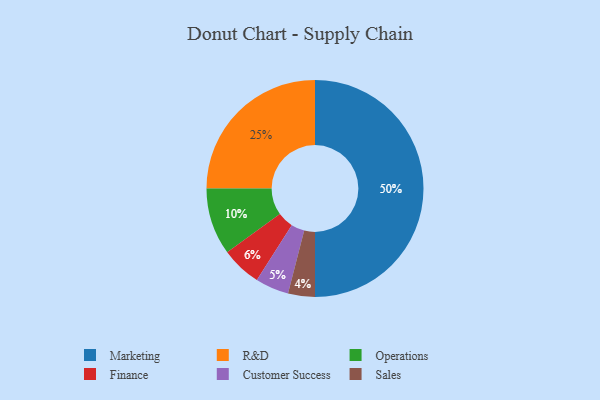
{"axis": {"x": "Category", "y": "Percentage"}, "legend": ["Customer Success", "Finance", "Marketing", "Operations", "R&D", "Sales"], "data": [{"x": "Customer Success", "y": 5, "type": "Customer Success"}, {"x": "R&D", "y": 25, "type": "R&D"}, {"x": "Sales", "y": 4, "type": "Sales"}, {"x": "Marketing", "y": 50, "type": "Marketing"}, {"x": "Operations", "y": 10, "type": "Operations"}, {"x": "Finance", "y": 6, "type": "Finance"}]}